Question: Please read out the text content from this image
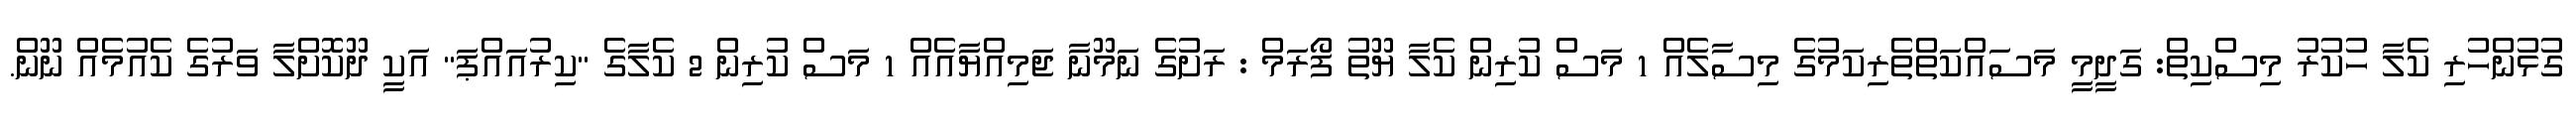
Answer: ގުޅުންހުރި ކެލާ ހުކުރު މިސްކިތް: ގަދީމީ މަސައްކަތްތެރިކަމުގެ މިސާލެއް 1 މަސް ކުރިން ކެލާ ޔޫތު ފޯރަމް : ރަށުގެ ނަމޫނާ ޖަމިއްޔާއެއް 1 މަސް ކުރިން 2 ކެލާގެ "ކިރުއައްޕަ" އަކީ ދޫކޮށްލާ ވަރުގެ ކެއުމެއް ނޫން.